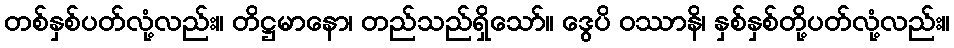
တစ်နှစ်ပတ်လုံ့လည်း။ တိဋ္ဌမာနော၊ တည်သည်ရှိသော်။ ဒွေပိ ဝဿာနိ၊ နှစ်နှစ်တို့ပတ်လုံ့လည်း။